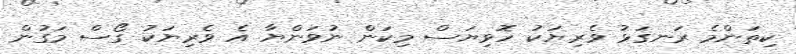
ކިތަންމެ ރަނގަޅު ވެރިޔަކު ހޮވިޔަސް މިކަން ނުވަންޔާ އެ ވެރިޔަކު ގޯސް މަގުން